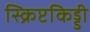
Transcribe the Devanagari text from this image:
स्क्रिप्टकिड्डी